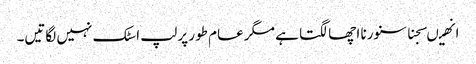
انھیںسجنا سنورنا اچھا لگتا ہے مگر عام طور پر لپ اسٹک نہیں لگاتیں۔